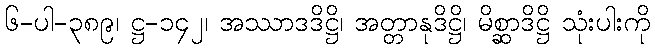
၆-ပါ-၃၈၉၊ ဋ္ဌ-၁၄၂၊ အဿာဒဒိဋ္ဌိ၊ အတ္တာနုဒိဋ္ဌိ၊ မိစ္ဆာဒိဋ္ဌိ သုံးပါးကို